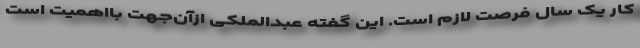
کار یک سال فرصت لازم است. این گفته عبدالملکی ازآن‌جهت بااهمیت است